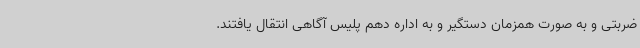
ضربتی و به صورت همزمان دستگیر و به اداره دهم پلیس آگاهی انتقال یافتند.